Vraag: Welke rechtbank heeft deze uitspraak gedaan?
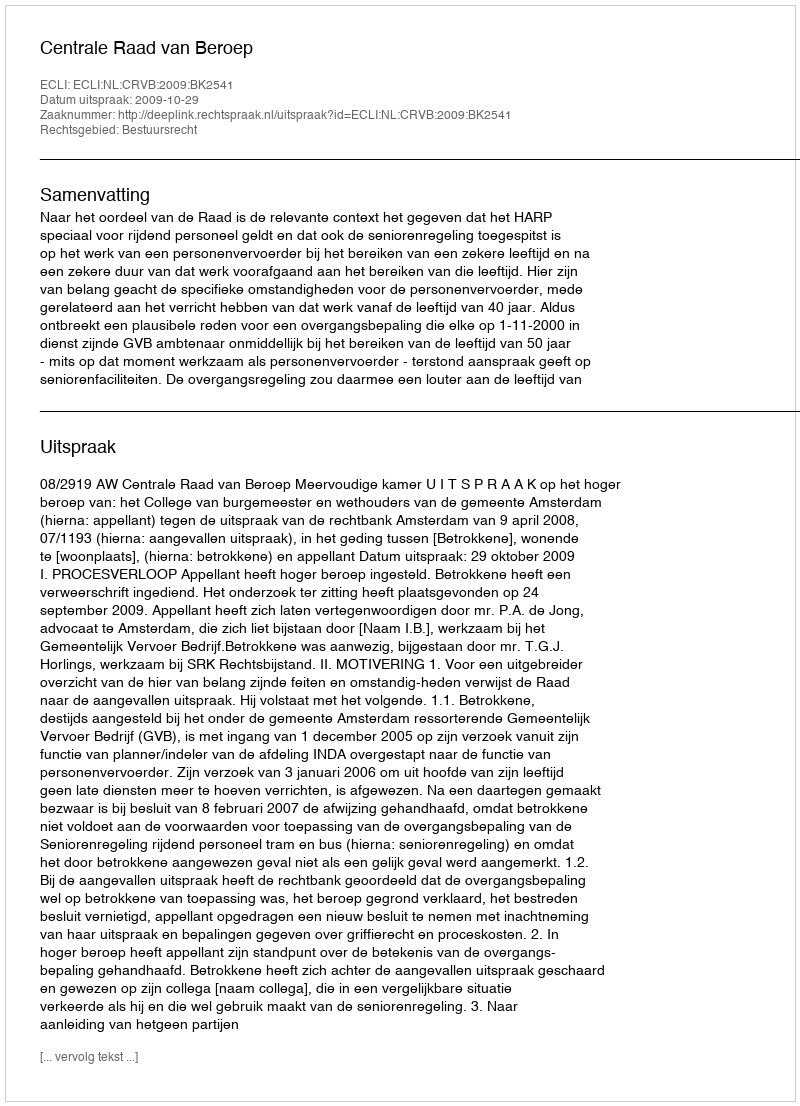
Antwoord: Centrale Raad van Beroep